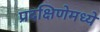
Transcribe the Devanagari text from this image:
प्रदक्षिणेमध्ये